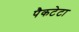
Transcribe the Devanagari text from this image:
पैकटेटा